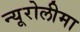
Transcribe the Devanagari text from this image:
न्यूरोलीमा